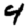
Digit: 4